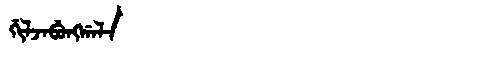
Manchu: ᡤᡳᠯᠵᠠᠪᡠᠩᡤᠠᠯᠠ
Romanization: GILJABUNGGALA